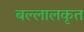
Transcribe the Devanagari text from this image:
बल्लालकृत